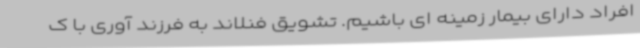
افراد دارای بیمار زمینه ای باشیم. تشویق فنلاند به فرزند آوری با ک